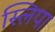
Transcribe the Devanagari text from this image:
स्लिपा